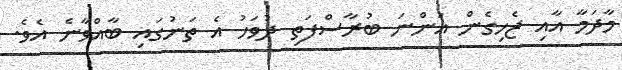
މާދަމާ އާއި ޖެހިގެން އަންނަ ބުރާސްފަތި ދުވަހު އެ ތަނުގައި ބާއްވާނެ އެވެ.